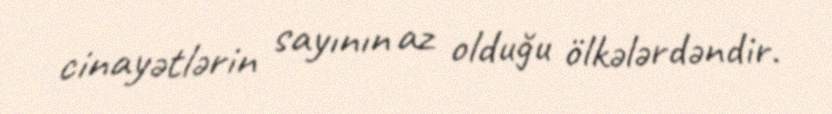
cinayətlərin sayının az olduğu ölkələrdəndir.